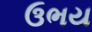
ઉભય